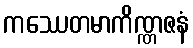
ကဿေတမာကိဏ္ဏဇနံ